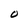
Character: O